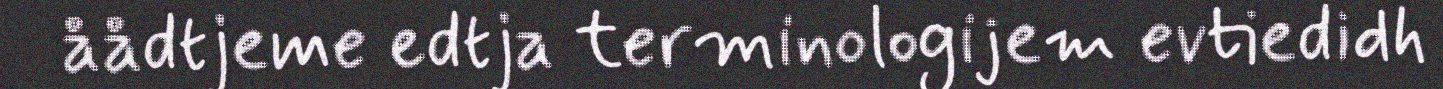
åådtjeme edtja terminologijem evtiedidh